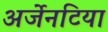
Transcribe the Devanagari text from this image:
अर्जेनटिया